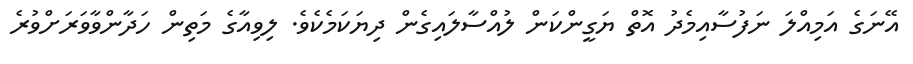
އޭނަގެ އަމިއްލަ ނަފުސާއިމެދު އޮތް ޔަގީންކަން ލުއްސާލައިގެން ދިޔަކަމެކެވެ. ލިވިއާގެ މަތިން ހަދާންވާވަރަށްވުރެ